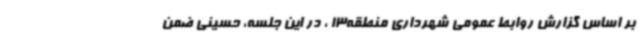
بر اساس گزارش روابط عمومی شهرداری منطقه13 ، در این جلسه، حسینی ضمن